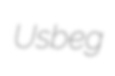
Usbeg